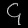
Digit: ၄